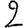
Digit: 2